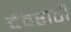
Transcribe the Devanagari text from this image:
देवराठी